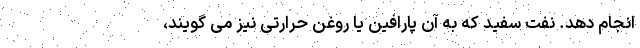
انجام دهد. نفت سفید که به آن پارافین یا روغن حرارتی نیز می گویند،